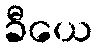
ခီယေ